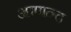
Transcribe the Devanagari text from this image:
आणन्द